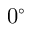
0 ^ { \circ }